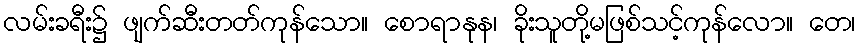
လမ်းခရီး၌ ဖျက်ဆီးတတ်ကုန်သော။ စောရာနုန၊ ခိုးသူတို့မဖြစ်သင့်ကုန်လော။ တေ၊